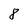
Character: 8